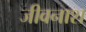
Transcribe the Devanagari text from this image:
जीवनाश